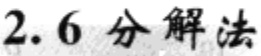
2.6 分解法